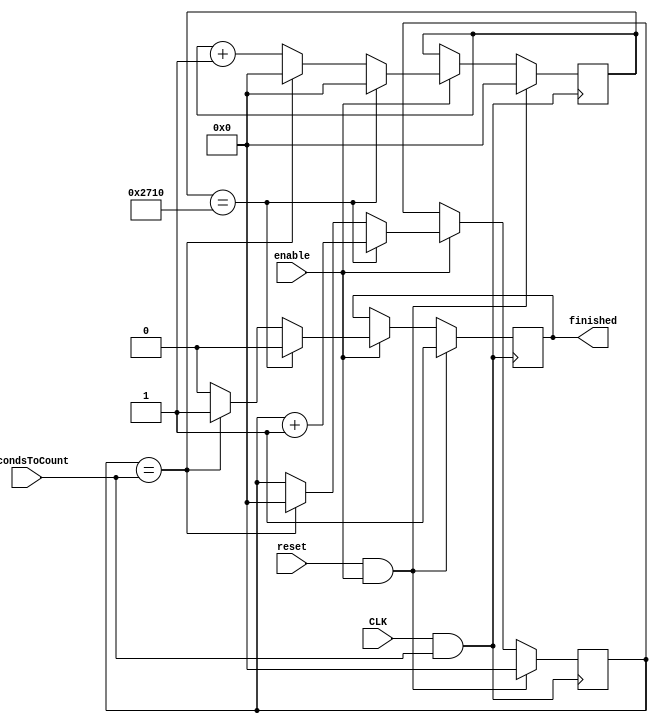
module time_fsm
(
input wire enable,
input wire reset,
input wire CLK,   //10k
input wire [15:0] secondsToCount, 
output reg finished
);      

//parameter max_time = 200*1000; //200 segundos          
reg [15:0] count;
reg [15:0] seconds;
reg [7:0] countSeconds;
parameter MAX = 10000;  


always @ (posedge CLK && secondsToCount) 
	begin
		if(reset == 1 && enable)
		begin  
			$display("RESET");
			seconds <= 0;  
			count <= 0;
			finished <= 1;
		end
		else if(enable) 
		begin
			finished <= 0;   
			count <= count + 1;	  
			//$display("count %d", count); 
			if (count == MAX) begin 
				seconds <= seconds + 1;
				count <= 0; 
				$display("Segundo %d", seconds);
			end		 
			else if (seconds == secondsToCount)
				begin 
				count <= 0;
				seconds <= 0;
				finished <= 1;
				$display("Finalizo estado %d", finished);
				end	
		end
		end
endmodule